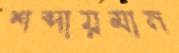
শব্দায়মান